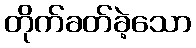
တိုက်ခတ်ခဲ့သော